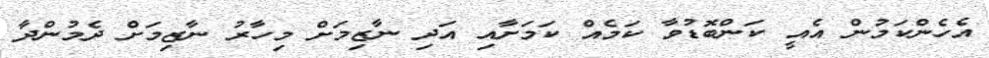
އެހެންކަމުން އެއީ ކަންބޮޑުވާ ކަމެއް ކަމަށާއި އަދި ނާޒިމަށް މިހާރު ނާޒިމަށް ދެމުންދާ